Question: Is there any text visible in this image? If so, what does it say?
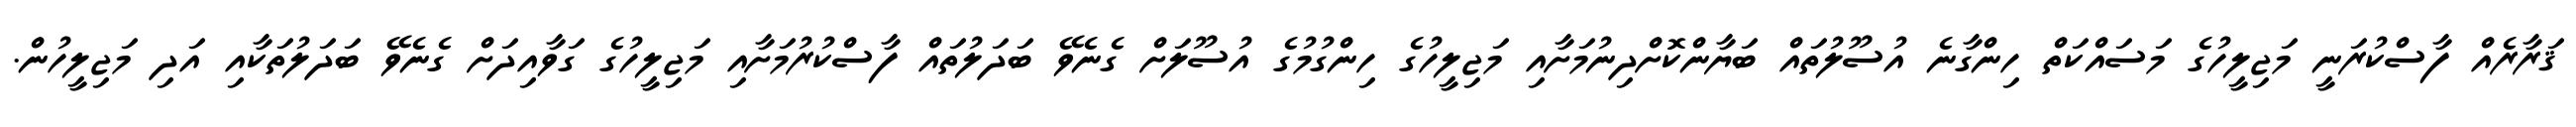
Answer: ޤަރާރެއް ފާސްކުރަނީ މަޖިލީހުގެ މަސައްކަތް ހިންގާނެ އުސޫލުތައް ބަޔާންކޮށްދިނުމަށާއި މަޖިލީހުގެ ހިންގުމުގެ އުސޫލަށް ގެނެވޭ ބަދަލުތައް ފާސްކުރުމަށާއި މަޖިލީހުގެ ގަވާއިދަށް ގެނެވޭ ބަދަލުތަކާއި އަދި މަޖިލީހުން.